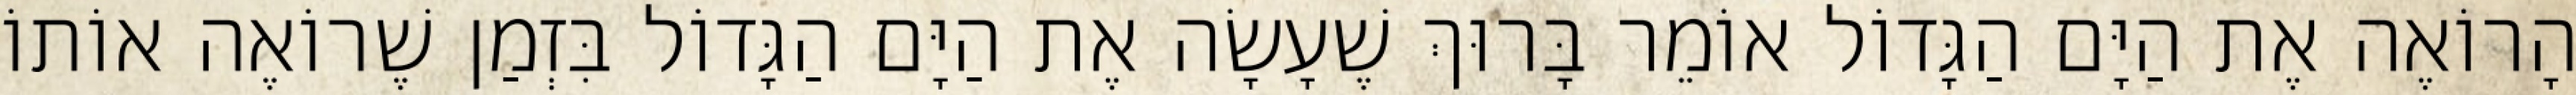
הָרוֹאֶה אֶת הַיָּם הַגָּדוֹל אוֹמֵר בָּרוּךְ שֶׁעָשָׂה אֶת הַיָּם הַגָּדוֹל בִּזְמַן שֶׁרוֹאֶה אוֹתוֹ